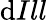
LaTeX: \mathrm{d}Ill